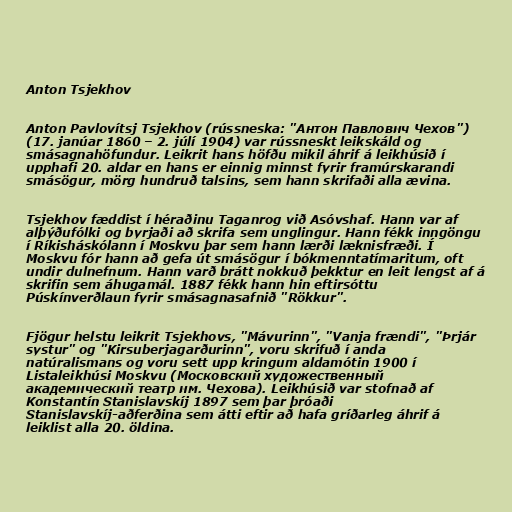
Anton Tsjekhov

Anton Pavlovítsj Tsjekhov (rússneska: "Антон Павлович Чехов")
(17. janúar 1860 – 2. júlí 1904) var rússneskt leikskáld og
smásagnahöfundur. Leikrit hans höfðu mikil áhrif á leikhúsið í
upphafi 20. aldar en hans er einnig minnst fyrir framúrskarandi
smásögur, mörg hundruð talsins, sem hann skrifaði alla ævina.

Tsjekhov fæddist í héraðinu Taganrog við Asóvshaf. Hann var af
alþýðufólki og byrjaði að skrifa sem unglingur. Hann fékk inngöngu
í Ríkisháskólann í Moskvu þar sem hann lærði læknisfræði. Í
Moskvu fór hann að gefa út smásögur í bókmenntatímaritum, oft
undir dulnefnum. Hann varð brátt nokkuð þekktur en leit lengst af á
skrifin sem áhugamál. 1887 fékk hann hin eftirsóttu
Púskínverðlaun fyrir smásagnasafnið "Rökkur".

Fjögur helstu leikrit Tsjekhovs, "Mávurinn", "Vanja frændi", "Þrjár
systur" og "Kirsuberjagarðurinn", voru skrifuð í anda
natúralismans og voru sett upp kringum aldamótin 1900 í
Listaleikhúsi Moskvu (Московский художественный
академический театр им. Чехова). Leikhúsið var stofnað af
Konstantín Stanislavskíj 1897 sem þar þróaði
Stanislavskíj-aðferðina sem átti eftir að hafa gríðarleg áhrif á
leiklist alla 20. öldina.